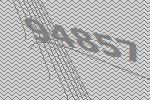
94857